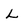
Character: L